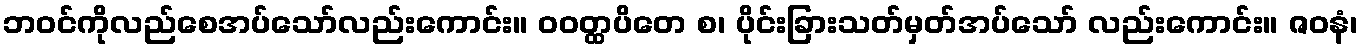
ဘဝင်ကိုလည်စေအပ်သော်လည်းကောင်း။ ဝဝတ္ထပိတေ စ၊ ပိုင်းခြားသတ်မှတ်အပ်သော် လည်းကောင်း။ ဇဝနံ၊